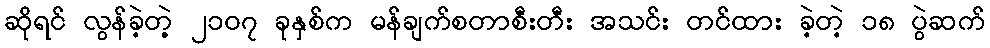
ဆိုရင် လွန်ခဲ့တဲ့့ ၂၁၀၇ ခုနှစ်က မန်ချက်စတာစီးတီး အသင်း တင်ထား ခဲ့တဲ့ ၁၈ ပွဲဆက်